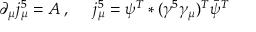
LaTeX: \partial _ { \mu } j _ { \mu } ^ { 5 } = { \cal A } \; , \; \; \; \; \; j _ { \mu } ^ { 5 } = \psi ^ { T } * ( \gamma ^ { 5 } \gamma _ { \mu } ) ^ { T } { \bar { \psi } } ^ { T }